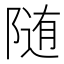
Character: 随